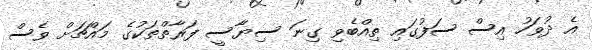
އެ ދުވަހު އިސް ސަފުގައި ތިއްބެވި ގިނަ ސިޔާސީ ފަރާތްތަކުގެ މައްޗަށް ވެސް